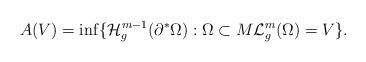
LaTeX: \begin{align*}A(V) = \inf \{ \mathcal{H}^{m-1}_g (\partial^* \Omega) : \Omega \subset M \mathcal{L}^m_g ( \Omega) = V\}.\end{align*}